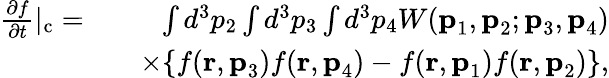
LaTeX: \begin{array}{rlr}{\frac{\partial f}{\partial t}|_{\mathrm{c}}=}&{}&{\int d^{3}p_{2}\int d^{3}p_{3}\int d^{3}p_{4}W(\textbf{p}_{1},\textbf{p}_{2};\textbf{p}_{3},\textbf{p}_{4})}\\ &{}&{\times\{ f(\textbf{r},\textbf{p}_{3})f(\textbf{r},\textbf{p}_{4})-f(\textbf{r},\textbf{p}_{1})f(\textbf{r},\textbf{p}_{2})\} ,}\end{array}